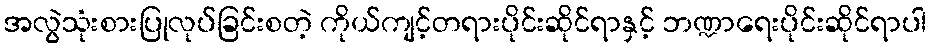
အလွဲသုံးစားပြုလုပ်ခြင်းစတဲ့ ကိုယ်ကျင့်တရားပိုင်းဆိုင်ရာနှင့် ဘဏ္ဍာရေးပိုင်းဆိုင်ရာပါ